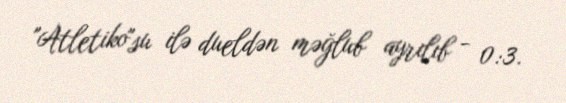
"Atletiko"su ilə dueldən məğlub ayrılıb - 0:3.